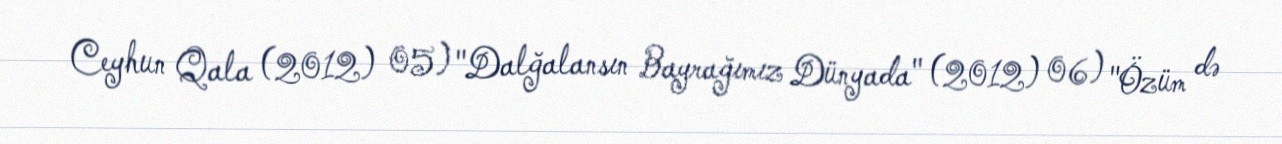
Ceyhun Qala (2012) 05) "Dalğalansın Bayrağımız Dünyada" (2012) 06) "Özüm də